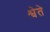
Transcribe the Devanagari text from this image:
श्वेते